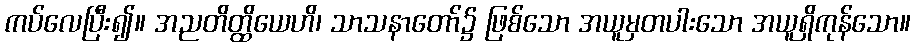
ကပ်လေပြီး၍။ အညတိတ္ထိယေဟိ၊ သာသနာတော်၌ ဖြစ်သော အယူမှတပါးသော အယူရှိကုန်သော။